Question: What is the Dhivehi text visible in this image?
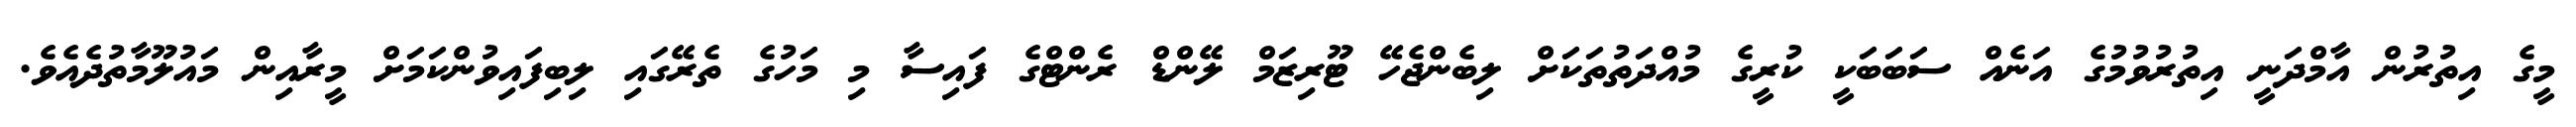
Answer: މީގެ އިތުރުން އާމްދަނީ އިތުރުވުމުގެ އަނެއް ސަބަބަކީ ކުރީގެ މުއްދަތުތަކަށް ލިބެންޖެހޭ ޓޫރިޒަމް ލޭންޑް ރެންޓްގެ ފައިސާ މި މަހުގެ ތެރޭގައި ލިބިފައިވުންކަމަށް މީރާއިން މައުލޫމާތުދެއެވެ.